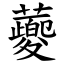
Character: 蘷